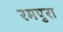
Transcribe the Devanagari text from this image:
रमपुरा